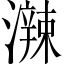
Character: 𤁕